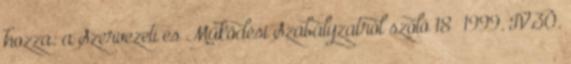
hozza: a Szervezeti és Működési Szabályzatról szóló 18 1999. IV.30.